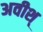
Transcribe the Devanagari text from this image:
अवीश्